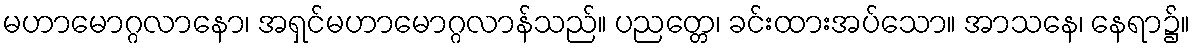
မဟာမောဂ္ဂလာနော၊ အရှင်မဟာမောဂ္ဂလာန်သည်။ ပညတ္တေ၊ ခင်းထားအပ်သော။ အာသနေ၊ နေရာ၌။